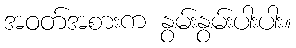
အဝတ်အစားက နွမ်းနွမ်းပါးပါး။